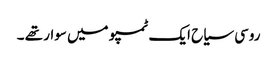
روسی سیاح ایک ٹمپو میں سوار تھے ۔